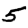
Digit: 5